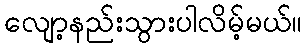
လျော့နည်းသွားပါလိမ့်မယ်။